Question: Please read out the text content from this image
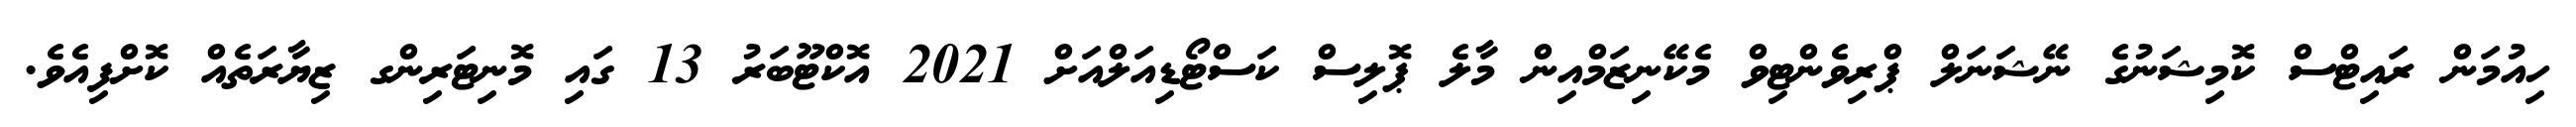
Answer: ހިއުމަން ރައިޓްސް ކޮމިޝަނުގެ ނޭޝަނަލް ޕްރިވެންޓިވް މެކޭނިޒަމްއިން މާލެ ޕޮލިސް ކަސްޓޯޑިއަލްއަށް 2021 އޮކްޓޫބަރު 13 ގައި މޮނިޓަރިންގ ޒިޔާރަތެއް ކޮށްފިއެވެ.